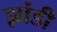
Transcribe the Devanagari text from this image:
झांडी